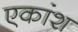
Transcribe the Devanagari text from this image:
एकांश